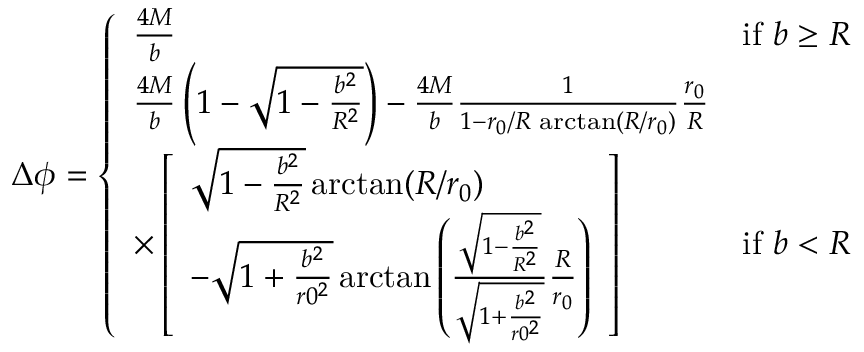
\Delta \phi = \left\{ \begin{array} { l l } { { \frac { 4 M } { b } } } & { { \mathrm { i f } \ b \geq R } } \\ { { \frac { 4 M } { b } \left( 1 - \sqrt { 1 - \frac { b ^ { 2 } } { R ^ { 2 } } } \right) - \frac { 4 M } { b } \frac { 1 } { 1 - r _ { 0 } / R \, \arctan ( R / r _ { 0 } ) } \frac { r _ { 0 } } { R } } } \\ { { \times \left[ \begin{array} { l } { { \sqrt { 1 - \frac { b ^ { 2 } } { R ^ { 2 } } } \arctan ( R / r _ { 0 } ) } } \\ { { - \sqrt { 1 + \frac { b ^ { 2 } } { r 0 ^ { 2 } } } \arctan \left( \frac { \sqrt { 1 - \frac { b ^ { 2 } } { R ^ { 2 } } } } { \sqrt { 1 + \frac { b ^ { 2 } } { r 0 ^ { 2 } } } } \frac { R } { r _ { 0 } } \right) } } \end{array} \right] } } & { { \mathrm { i f } \ b < R } } \end{array} \right.